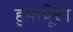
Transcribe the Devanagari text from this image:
हुमायूँचा